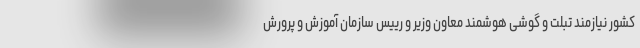
کشور نیازمند تبلت و گوشی هوشمند معاون وزیر و رییس سازمان آموزش و پرورش